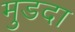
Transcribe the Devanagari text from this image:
मुडदा